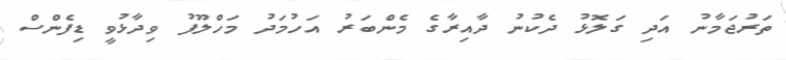
ތަރުޖަމާނު އަދި ގަލޮޅު ދެކުނު ދާއިރާގެ މެންބަރު އަހުމަދު މަހްލޫފު ވިދާޅުވީ ޑިފެންސް